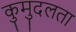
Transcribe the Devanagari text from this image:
कुमुदलता